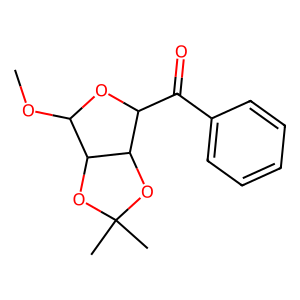
SMILES: COC1OC(C(=O)c2ccccc2)C2OC(C)(C)OC12
Inhibits HIV replication: No